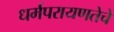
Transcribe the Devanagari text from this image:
धर्मपरायणतेचे